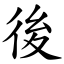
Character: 後